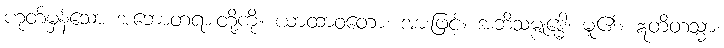
ဟုတ်မှန်သော အဘောတရားတို့ကို။ ယာထာဝတော၊ အားဖြင့်။ အဘိသမ္ဗုဒ္ဓေါ၊ မူ၏။ ဣတိတသ္မာ၊